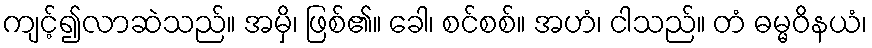
ကျင့်၍လာဆဲသည်။ အမှိ၊ ဖြစ်၏။ ခေါ၊ စင်စစ်။ အဟံ၊ ငါသည်။ တံ ဓမ္မဝိနယံ၊